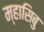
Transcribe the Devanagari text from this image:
म्हासिबु